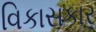
વિકાસકાર